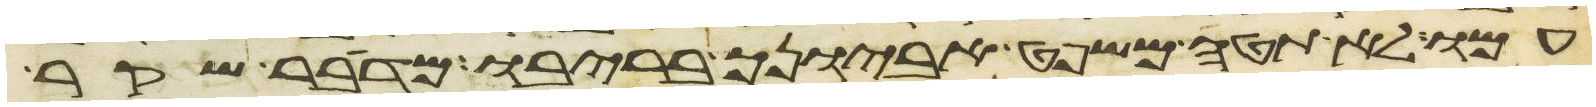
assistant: עמו לא תטה משפט אביונך בריבו מדבר שקר